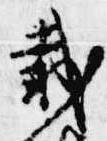
載